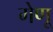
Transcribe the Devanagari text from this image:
गेणू